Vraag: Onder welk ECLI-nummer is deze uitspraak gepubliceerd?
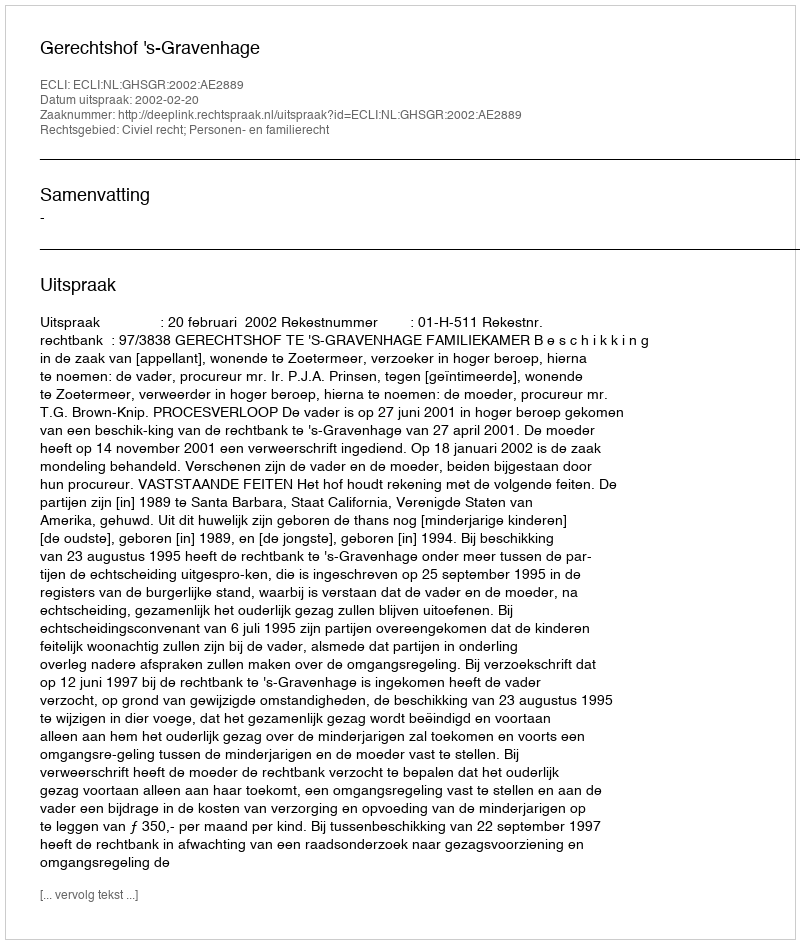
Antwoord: ECLI:NL:GHSGR:2002:AE2889